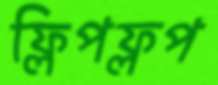
ফ্লিপফ্লপ